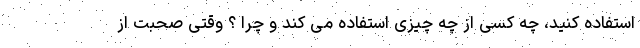
استفاده کنید، چه کسی از چه چیزی استفاده می کند و چرا ؟ وقتی صحبت از